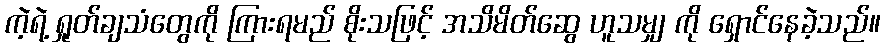
ကဲ့ရဲ့ ရှုတ်ချသံတွေကို ကြားရမည် စိုးသဖြင့် အသိမိတ်ဆွေ ဟူသမျှ ကို ရှောင်နေခဲ့သည်။